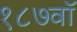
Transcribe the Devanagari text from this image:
१८७वॉ